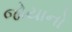
જોયાનો